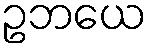
ဥဘယေ